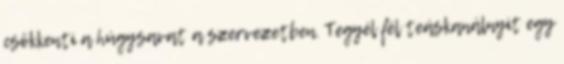
csökkenti a húgysavat a szervezetben. Tegyél fél teáskanálnyit egy